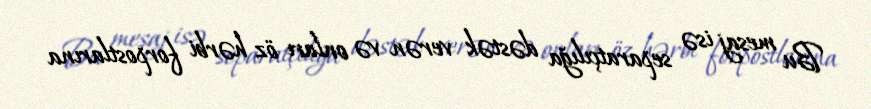
Bu mesaj isə separatçılığa dəstək verən və onları öz hərbi forpostlarına